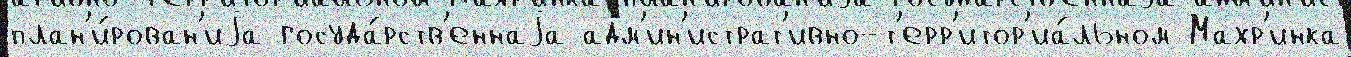
план'и́рован'иjа госуда́рств'еннаjа адм'ин'истрат'ивно-т'ерр'итор'иа́льном Махр'инка